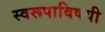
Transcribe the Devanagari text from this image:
स्वरूपाविषयी